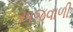
અજવાળી